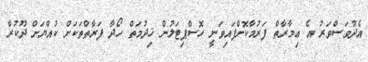
އެދުވަސްވަރު އެ ޢިމާރާތް ފަރުމާކޮށްފައިވަނީ ހޮސްޕިޓަލުން ޚިދުމަތް ހޯދާ ފަރާތްތަކަށް ކުއްޔަށް ދޫކުރާ